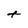
Character: t